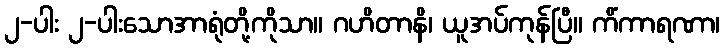
၂-ပါး ၂-ပါးသောအာရုံတို့ကိုသာ။ ဂဟိတာနိ၊ ယူအပ်ကုန်ပြီ။ ကိံကာရဏာ၊